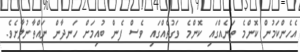
އެހެންކަމުން ކޮންމެ ތަނެއްގައި ކޮންމެ ވަގުތެއްގައި ވެސް ފެން ބުއިމަށް ހަނދާން ނައްތާނުލާށެވެ.